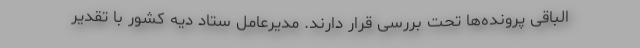
الباقی پرونده‌ها تحت بررسی قرار دارند. مدیرعامل ستاد دیه کشور با تقدیر